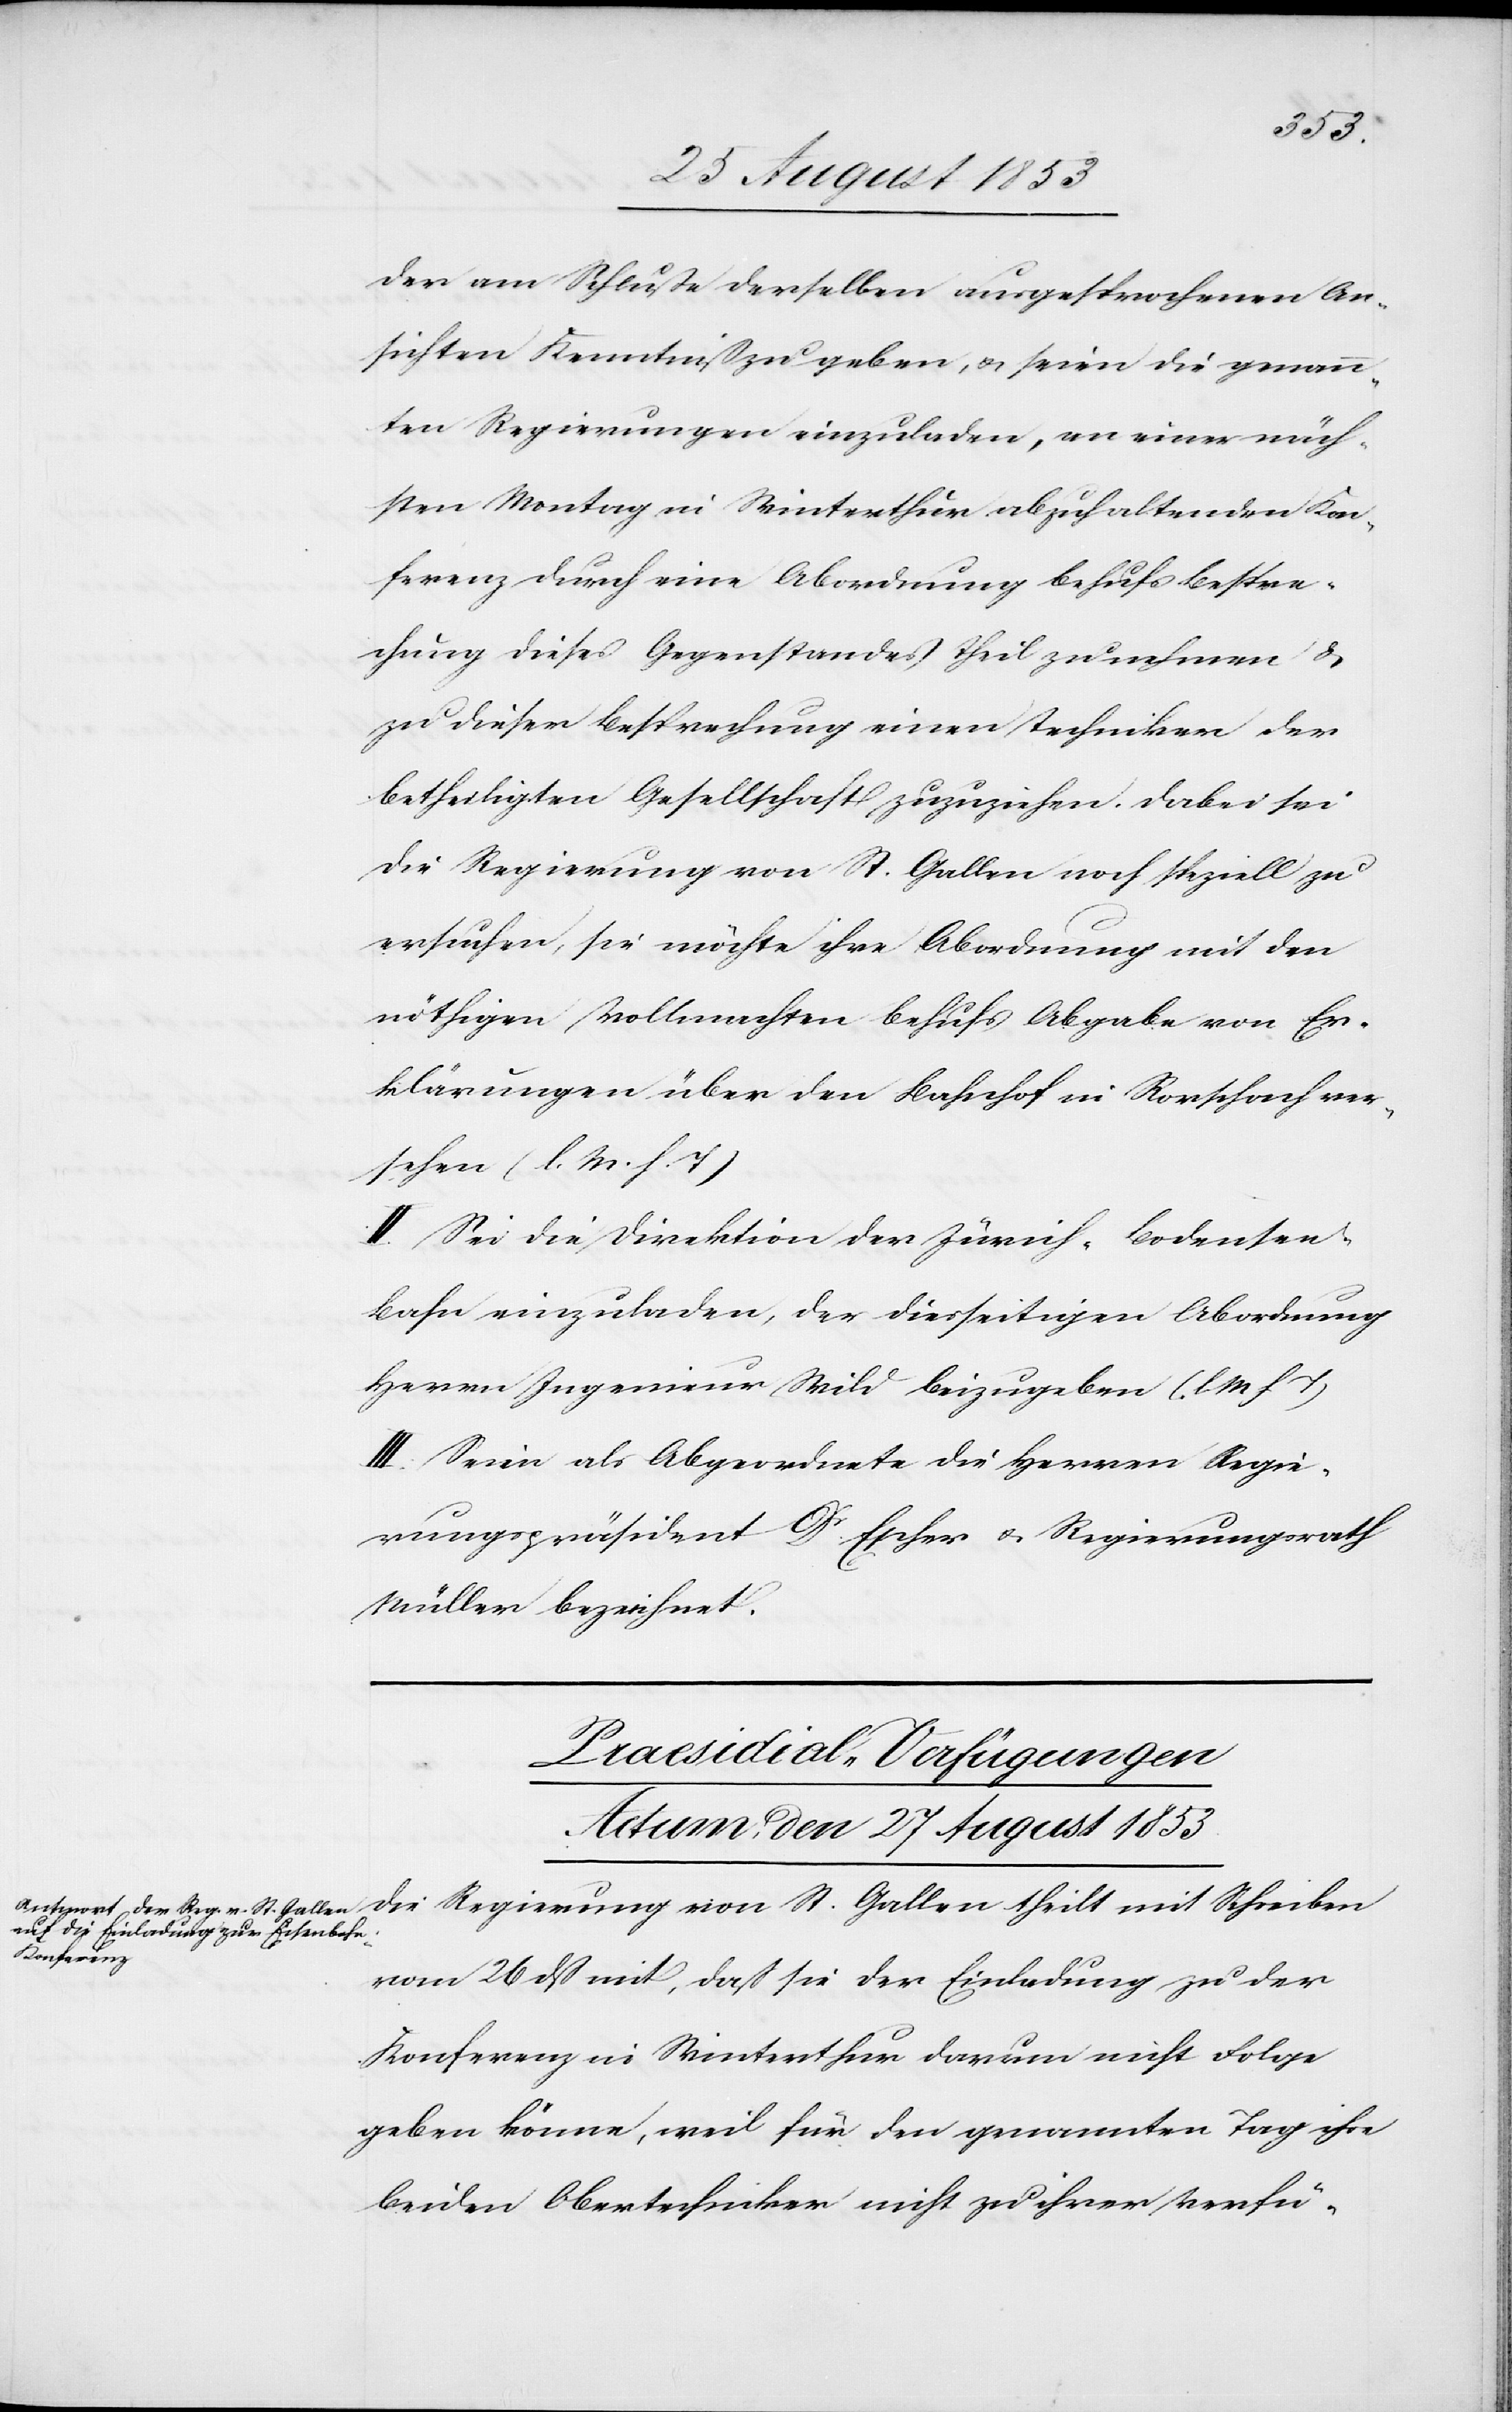
der am Schluße derselben ausgesprochenen An¬
sichten Kenntniß zu geben, u. seien die genann¬
ten Regierungen einzuladen, an einer näch¬
sten Montag in Winterthur abzuhaltenden Kon¬
ferenz durch eine Abordnung behufs Bespre¬
chung dieses Gegenstandes Theil zu nehmen u.
zu dieser Besprechung einen Techniker der
betheiligten Gesellschaft zuzuziehen. Dabei sei
Die Regierung von St. Gallen theilt mit
ersuchen, sie möchte ihre Abordnung mit den
nöthigen Vollmachten behufs Abgabe von Er¬
klärungen über den Bahnhof in Rorschach ver¬
sehen [l. M. h. T]
II. Sei die Direktion der Zürich-Bodense¬
e-Bahn einzuladen, der diesseitigen Abordnung
Herrn Ingenieur Wild beizugeben. [l. M. h. T]
III. Seien als Abgeordnete die Herren Regie¬
rungspräsident Dr Escher u. Regierungsrath
Müller bezeichnet.
Praesidial-Verfügungen
Actum, den 27 August 1853
vom 26 dß mit, daß sie der Einladung zu der
Konferenz in Winterthur darum nicht Folge
geben könne, weil für den genannten Tag ihre
beiden Obertechniker nicht zu ihrer Verfü-